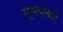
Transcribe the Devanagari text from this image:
सूसचनाएँ